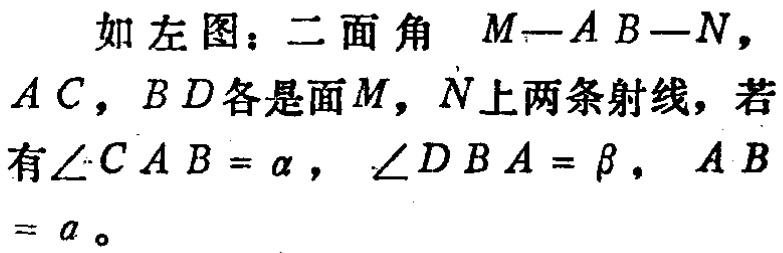
如左图：二面角 \(M - AB - N\)，\(AC\)，\(BD\)各是面\(M\)，\(N\)上两条射线，若有\(\angle CAB = \alpha\)，\(\angle DBA = \beta\)，\(AB = a\)。